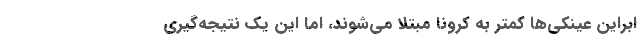
ابراین عینکی‌ها کمتر به کرونا مبتلا می‌شوند، اما این ‌یک نتیجه‌گیری